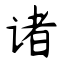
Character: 诸